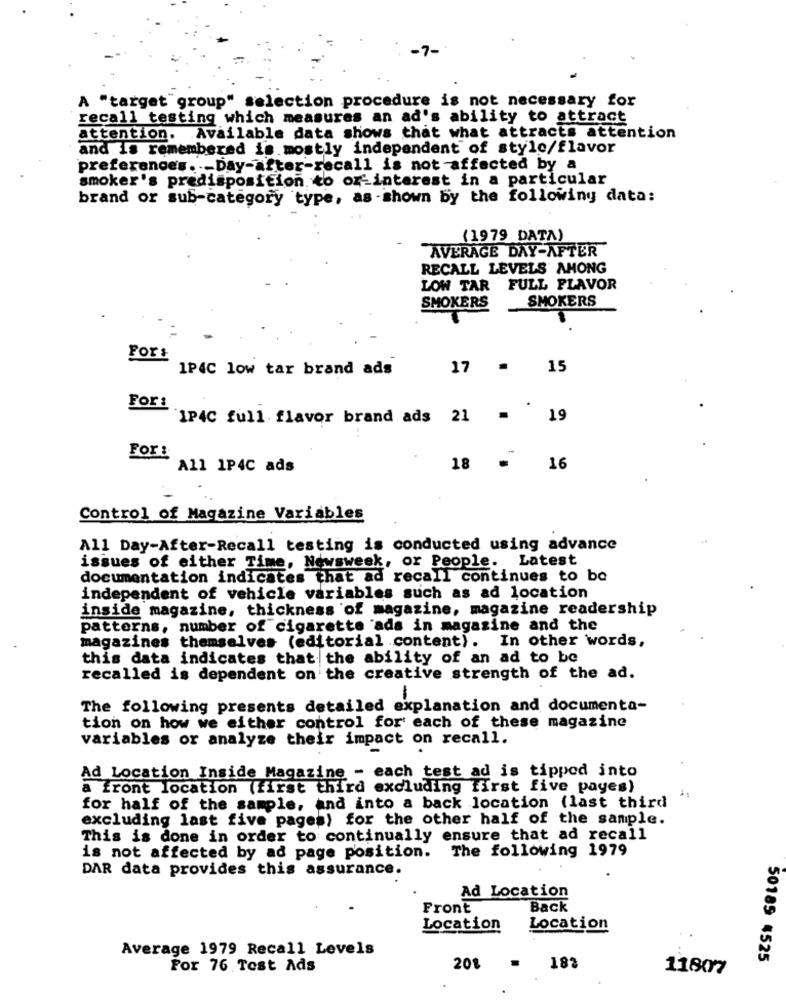
7-
A "target group" selection procedure is not necessary for
recall testing which measures an ad's ability to attract
attention. Available data shows that what attracts attention
and is remembered is mostly independent of style/flavor
preferences. - Day-after-recall is not affected by a
smoker's predisposition to or-interest in a particular
brand or sub-category type, as -shown by the following data:
(1979 DATA)
AVERAGE DAY-AFTER
RECALL LEVELS AMONG
LOW TAR FULL FLAVOR
SMOKERS
SMOKERS
Fort
1P4C low tar brand ads
17 .
15
For:
"1P4C full flavor brand ads 21 =
19
For:
All 1P4C ads
18
16
Control of Magazine Variables
All Day-After-Recall testing is conducted using advance
issues of either Time, Newsweek, or People. Latest
documentation indicates that ad recall continues to be
independent of vehicle variables such as ad location
inside magazine, thickness of magazine, magazine readership
patterns, number of cigarette ads in magazine and the
magazines themselves (editorial content). In other words,
this data indicates that the ability of an ad to be
recalled is dependent on the creative strength of the ad.
The following presents detailed explanation and documenta-
tion on how we either control for each of these magazine
variables or analyze their impact on recall.
Ad Location Inside Magazine - each test ad is tipped into
a front location (first third excluding first five payes)
for half of the sample, and into a back location (last third
excluding last five pages) for the other half of the sample.
This is done in order to continually ensure that ad recall
The following 1979
is not affected by ad page position.
DAR data provides this assurance.
Ad Location
Front
Back
Location
Location
Average 1979 Recall Levels
50185 4525
For 76 Test Ads
20%
183
11807